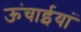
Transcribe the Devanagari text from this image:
ऊंचाईयां